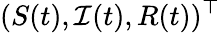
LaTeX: (S(t),\mathcal{I}(t),R(t))^{\top}